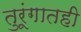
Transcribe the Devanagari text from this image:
तुरूंगातही